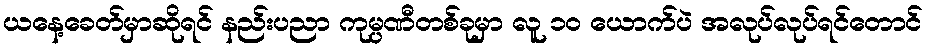
ယနေ့ခေတ်မှာဆိုရင် နည်းပညာ ကုမ္ပဏီတစ်ခုမှာ လူ ၁၀ ယောက်ပဲ အလုပ်လုပ်ရင်တောင်